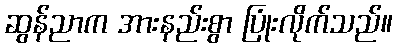
ဆွန်ညာက အားနည်းစွာ ပြုံးလိုက်သည်။